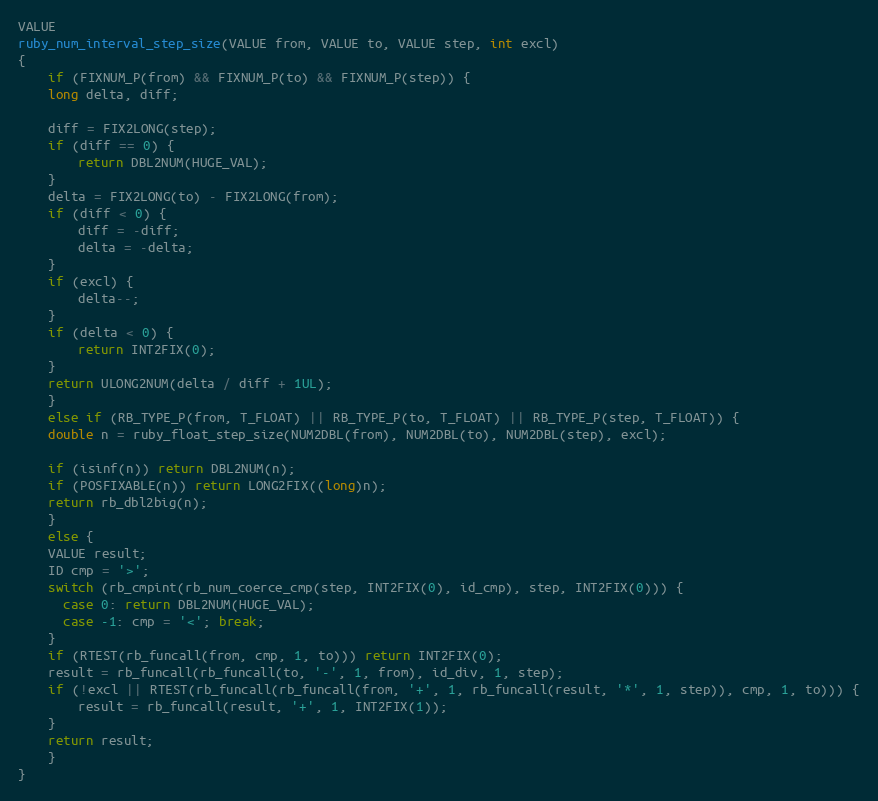
Language: C
VALUE
ruby_num_interval_step_size(VALUE from, VALUE to, VALUE step, int excl)
{
    if (FIXNUM_P(from) && FIXNUM_P(to) && FIXNUM_P(step)) {
	long delta, diff;

	diff = FIX2LONG(step);
	if (diff == 0) {
	    return DBL2NUM(HUGE_VAL);
	}
	delta = FIX2LONG(to) - FIX2LONG(from);
	if (diff < 0) {
	    diff = -diff;
	    delta = -delta;
	}
	if (excl) {
	    delta--;
	}
	if (delta < 0) {
	    return INT2FIX(0);
	}
	return ULONG2NUM(delta / diff + 1UL);
    }
    else if (RB_TYPE_P(from, T_FLOAT) || RB_TYPE_P(to, T_FLOAT) || RB_TYPE_P(step, T_FLOAT)) {
	double n = ruby_float_step_size(NUM2DBL(from), NUM2DBL(to), NUM2DBL(step), excl);

	if (isinf(n)) return DBL2NUM(n);
	if (POSFIXABLE(n)) return LONG2FIX((long)n);
	return rb_dbl2big(n);
    }
    else {
	VALUE result;
	ID cmp = '>';
	switch (rb_cmpint(rb_num_coerce_cmp(step, INT2FIX(0), id_cmp), step, INT2FIX(0))) {
	  case 0: return DBL2NUM(HUGE_VAL);
	  case -1: cmp = '<'; break;
	}
	if (RTEST(rb_funcall(from, cmp, 1, to))) return INT2FIX(0);
	result = rb_funcall(rb_funcall(to, '-', 1, from), id_div, 1, step);
	if (!excl || RTEST(rb_funcall(rb_funcall(from, '+', 1, rb_funcall(result, '*', 1, step)), cmp, 1, to))) {
	    result = rb_funcall(result, '+', 1, INT2FIX(1));
	}
	return result;
    }
}